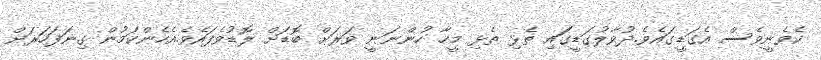
ކެވެނީވެސް އެގަޑީގައެވެ.ދުވާލުގަޑީގަައި ތެޅި ތެޅި މީހާ ހުންނަނީ ވަރަށް ބޮޑަށް ލޮޑުވެފައެވެ.އެހެންކަމުން ގިނަފަހަރަށް